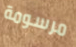
مرسومة